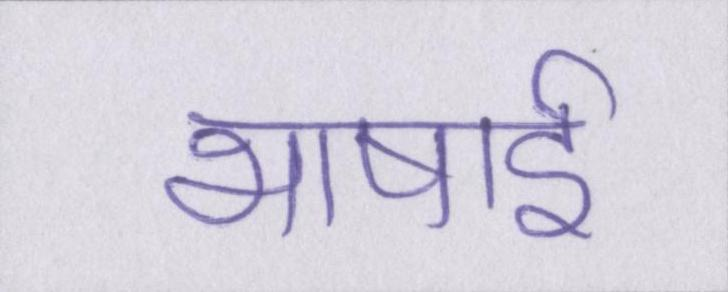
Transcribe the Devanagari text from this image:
भाषाई